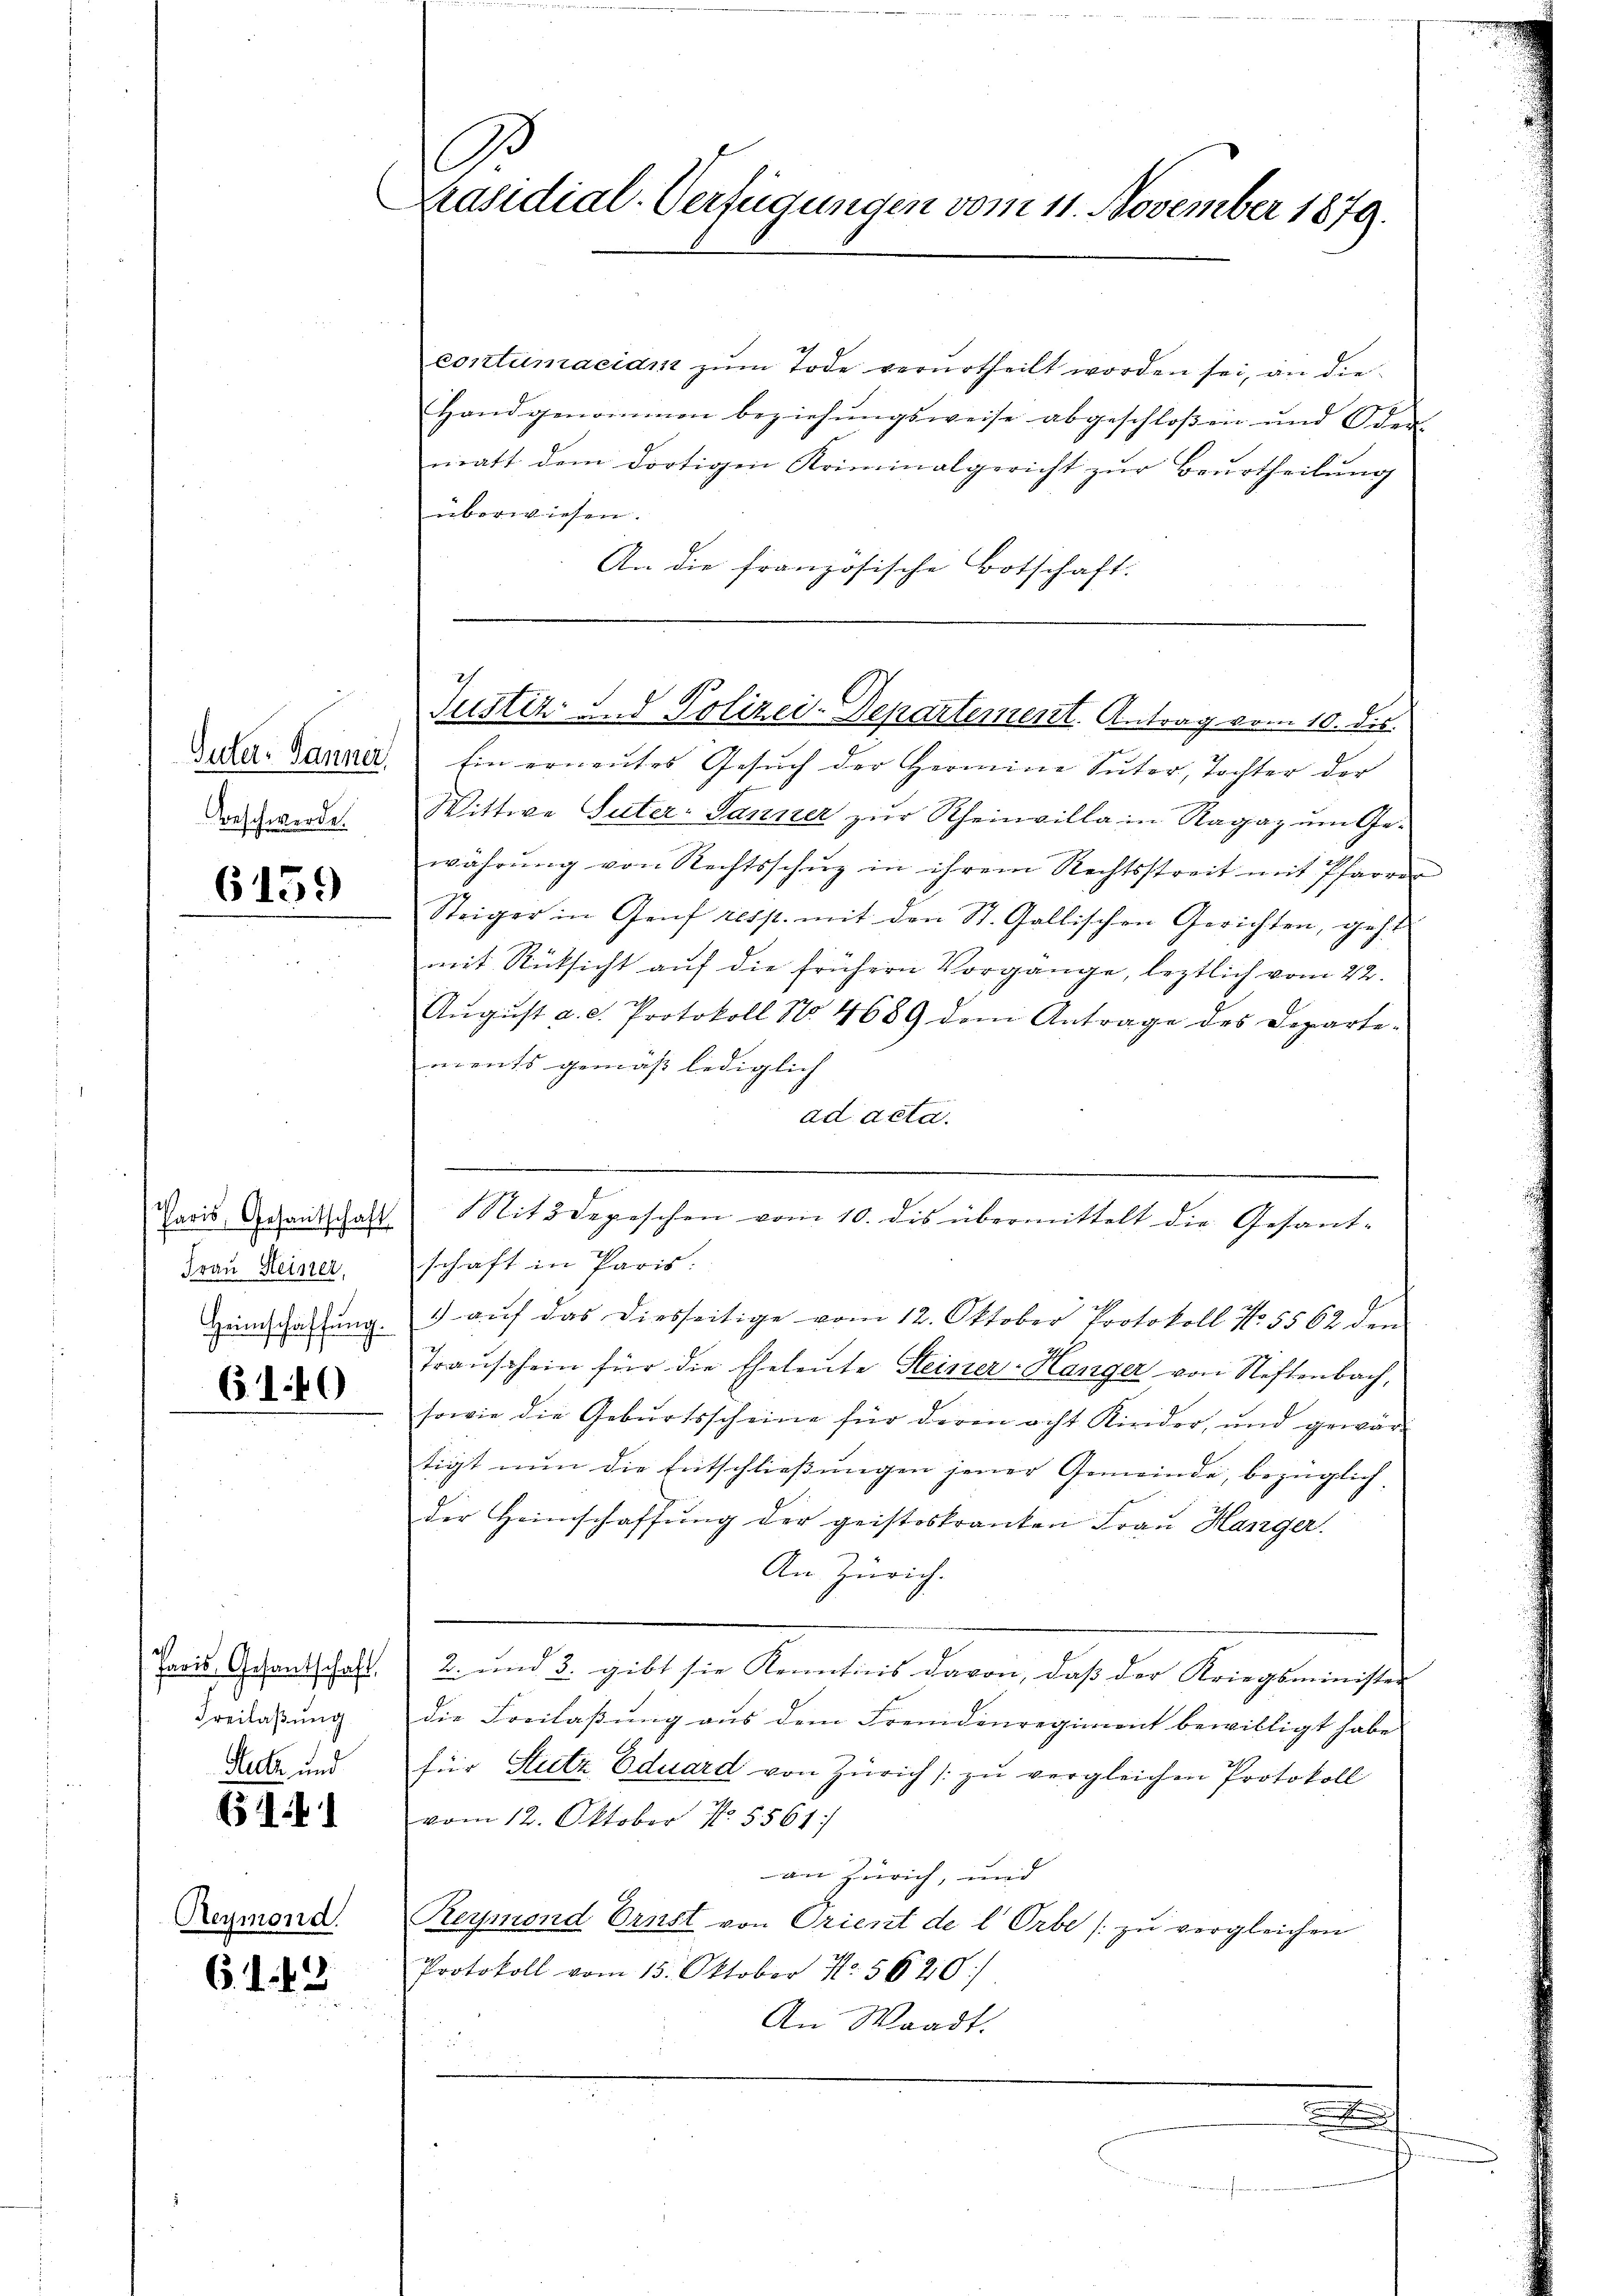
Güter- Jänner
Beschwerde.

6159

Paris, Gesandtschaft
Frau Heiner,
Heimschaffung.

6140

Paris, Gesantschaft.
Freilaßung
Sutz und

i

Reymond.

6. d. 13

O
Präsidial-Verfügungen vom 11. November 1879.

contumaciam zum Tode verurtheilt worden sei, an die¬
Handgenommen beziehŭngsweise abgeschloßen und Oder.
miatt dem dortigen Kriminalgericht zur Beurtheilung
überwiesen.
An die französische Botschaft:

Justiz- und Polizei-Departement. Antrag vom 10. ds.

Ein erneutes Gesuch der Hermine Suter, Tochter der
Wittwe Suter-Tanner zur Rheinvilla in Ragaz um Ge-
währŭng von Rechtsschŭz in ihrem Rechtsstreit mit Pfarrer
Steiger in Genf resp. mit den St. Gallischen Gerichten, geht
mit Rücksicht auf die frühern Vorgange, leztlich vom 22.
August a. d. Protokoll No 4689 dem Antrage des Departements gemäß lediglich
ad acta.
Sit 2 Depeschen vom 10. dis übermittelt die Gesant-
schaft in Paris.
 aŭf das diesseitige vom 12. Oktober Protokoll No 5562 den
241
Transchein für die Eheleute Steiner-Ranger von Neftenbach,
sowie die Geburtsscheine für deren acht Kinder, und gewärtigt nun die Entschließungen jener Gemeinde, bezüglich
der Heimschaffŭng der geisteskranken Frau Hanger.
An Zürich.
2. und 3. gibt sie Kenntnis davon, daß der Kriegsminister
die Freilaßung aus dem Fremdenregiment bewilligt habe
für Stutz Eduard von Zürich /: zu vergleichen Protokoll
vom 12. Oktober No. 5561:
an Zürich, und
Reymond Ernst von Orient de l Orbe (zu vergleichen
Protokoll vom 15. Oktober No. 5620/
An Waadt.
r

.